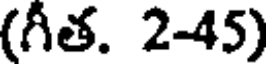
(గీత. 2-45)